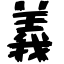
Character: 義